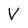
Character: V